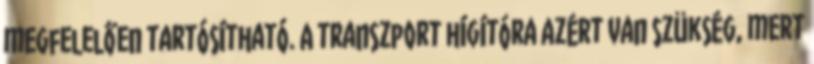
megfelelően tartósítható. A transzport hígítóra azért van szükség, mert